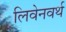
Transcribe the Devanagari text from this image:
लिवेनवर्थ